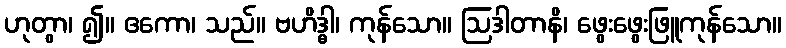
ဟုတွာ၊ ၍။ ဧကော၊ သည်။ ဗဟိဒ္ဓါ၊ ကုန်သော။ ဩဒါတာနိ၊ ဖွေးဖွေးဖြူကုန်သော။